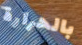
بالحرارة